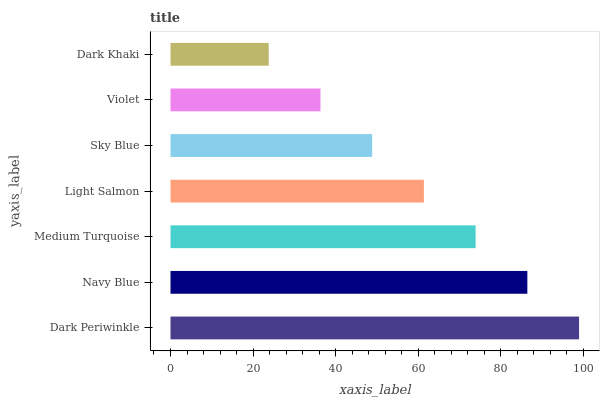
| yaxis_label | bars |
 | --- | --- |
 | Dark Periwinkle | 99 |
 | Navy Blue | 86.5 |
 | Medium Turquoise | 73.9 |
 | Light Salmon | 61.4 |
 | Sky Blue | 48.9 |
 | Violet | 36.3 |
 | Dark Khaki | 23.8 |